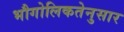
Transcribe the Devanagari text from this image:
भौगोलिकतेनुसार